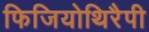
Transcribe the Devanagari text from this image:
फिजियोथिरैपी